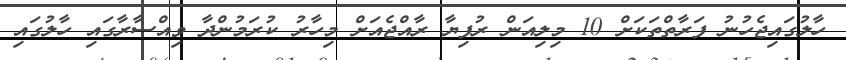
ހާލުގައިޖެހުނު ފަރާތްތަކަށް 10 މިލިއަން ރުފިޔާ ރާއްޖެއަށް މިހާރު ކުރަމުންދާ ވިއްސާރާގައި ހާލުގައި